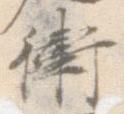
衛